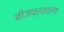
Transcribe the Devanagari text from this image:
बीजप्रसारण